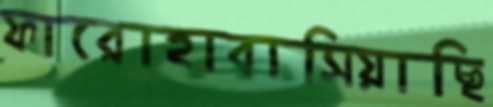
ফারোহাবাসিয়াছি